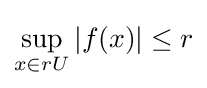
\sup _{x\in rU}|f(x)|\leq r